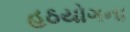
હઠયોગના